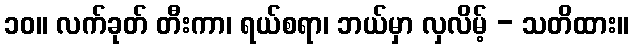
၁၀။ လက်ခုတ် တီးကာ၊ ရယ်စရာ၊ ဘယ်မှာ လှလိမ့် - သတိထား။